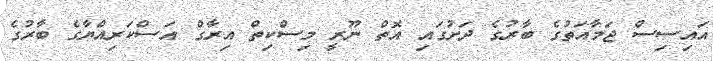
އައިސިސް ޖަމާއަތުގެ ބާރުގެ ދަށުގައި އޮތް ނޫރީ މިސްކިތް އިރާގް އަސްކަރިއްޔާގެ ބާރުގެ